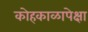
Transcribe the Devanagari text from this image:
कोहकाळापेक्षा